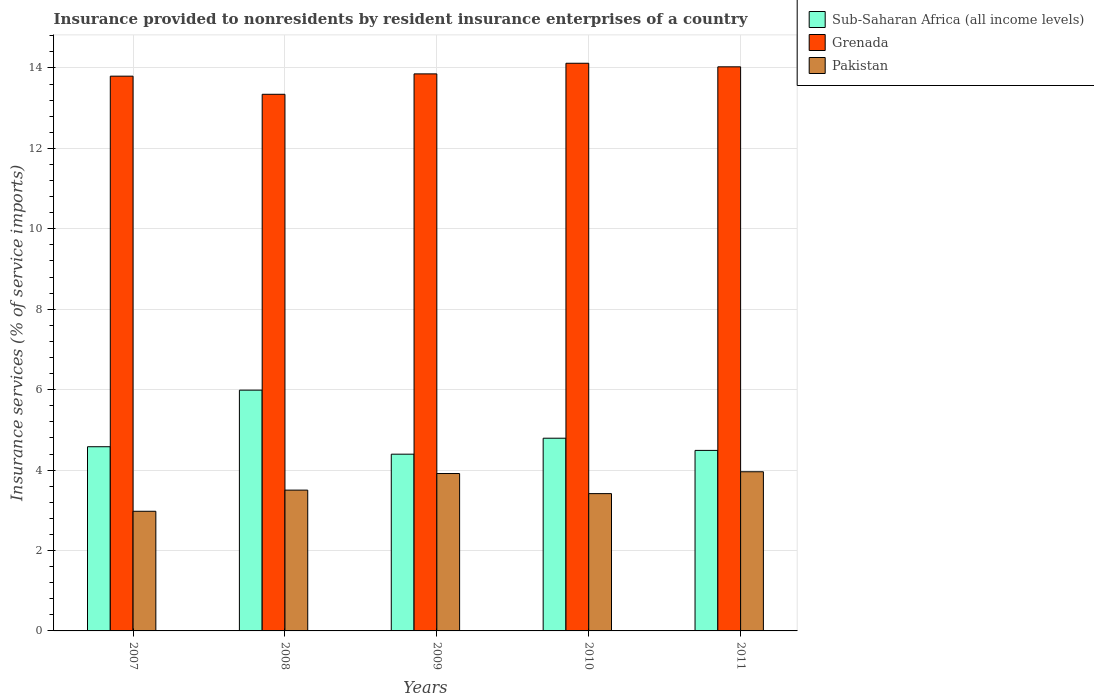
| Years | Sub-Saharan Africa (all income levels) | Grenada | Pakistan |
 | --- | --- | --- | --- |
 | 2007 | 4.58 | 13.8 | 2.98 |
 | 2008 | 5.99 | 13.3 | 3.5 |
 | 2009 | 4.4 | 13.9 | 3.91 |
 | 2010 | 4.79 | 14.1 | 3.41 |
 | 2011 | 4.49 | 14 | 3.96 |